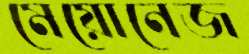
মেয়োনেজ